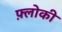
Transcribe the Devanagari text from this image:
फ़्लोकी